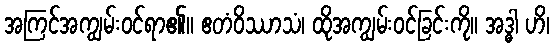
အကြင်အကျွမ်းဝင်ရာ၏။ ဧတံဝိဿာသံ၊ ထိုအကျွမ်းဝင်ခြင်းကို။ အဒ္ဓါ ဟိ၊